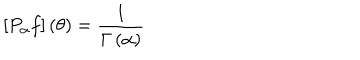
LaTeX: [ P _ { \alpha } f ] \left( \theta \right) = \frac { 1 } { \Gamma \left( \alpha \right) }